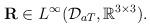
LaTeX: \begin{align*}\mathbf{R}\in L^{\infty}(\mathcal{D}_{aT},\mathbb{R}^{3\times 3}).\end{align*}